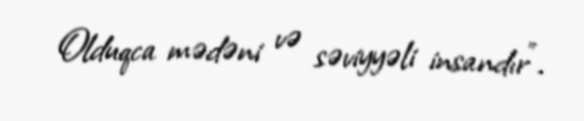
Olduqca mədəni və səviyyəli insandır”.